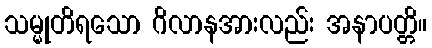
သမ္မုတိရသော ဂိလာနအားလည်း အနာပတ္တိ။